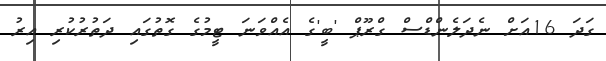
ގަދަ 16އަށް ނެދަލެންޑްސް ގްރޫޕް 'ބީ'ގެ އެއްވަނަ ޓީމުގެ ގޮތުގައި ދަތުރުކުރި އިރު